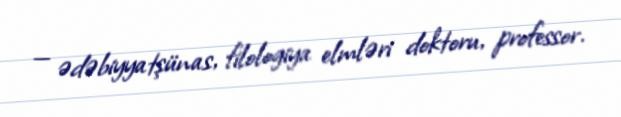
— ədəbiyyatşünas, filologiya elmləri doktoru, professor.